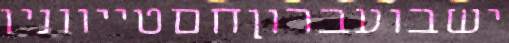
ישבועברוןחםטייווניו